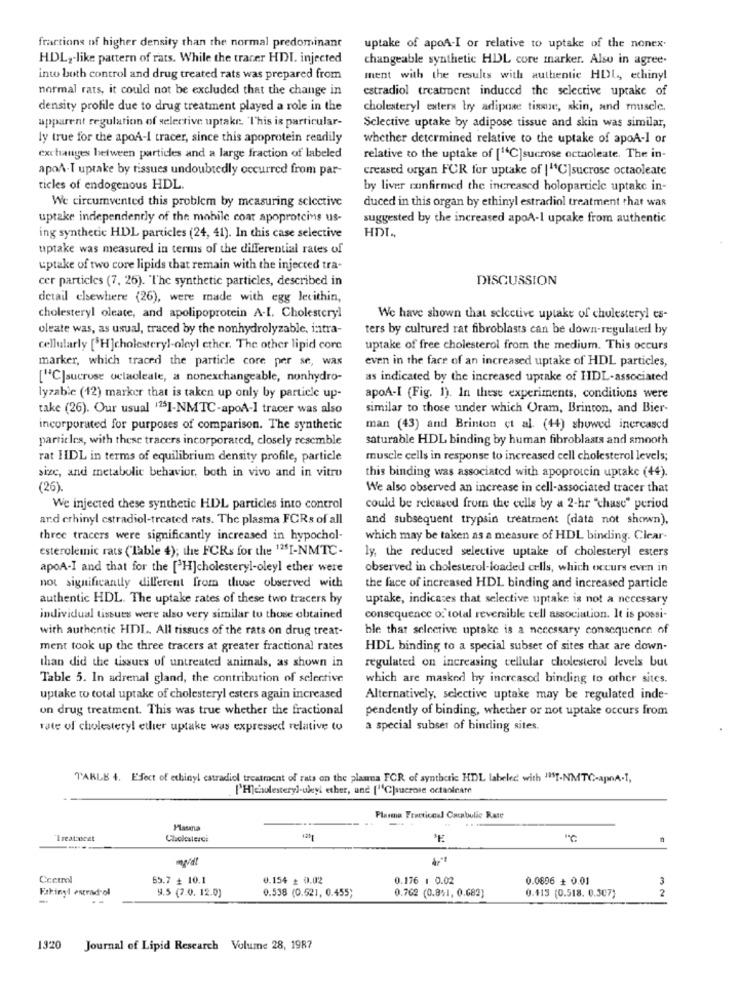
fractions of higher density than the normal predominant
uptake of apoA-I or relative to uptake of the nonex.
HDL ,- like pattern of rats. While the tracer HDI. injected
changeable synthetic HDL core marker. Also in agree.
into both control and drug treated rats was prepared from
ment with the results with authentic HDL, ethinyl
normal rats, it could not be excluded that the change in
estradiol treatroent induced the selective uptake of
density profile due to drug treatment played a role in the
cholesteryl exters bry adipose tissue, skin, and muscle.
apparent regulation of selective uptake. "This is particular-
Selective uptake by adipose tissue and skin was similar,
ly true for the apoA-1 tracer, since this apoprotein readily
whether determined relative to the uptake of apoA-l or
exchanges between particles and a large fraction of labeled
relative to the uptake of [1C]sucrose octaoleate. The in-
apoA-I uptake by tissues undoubtedly occurred from par-
creased organ FOR for uptake of | 14C]sucrose octaoleate
ticles of endogenous HDL.
by liver confirmed the increased holoparticle uptake in-
We circumvented this problem by measuring selective
duced in this organ by ethinyl estradiol treatment that was
uptake independently of the mobile coat apoproteins us-
suggested by the increased apoA-1 uptake from authentic
ing synthetic HDL particles (24, 41). In this case selective
HDI.
uptake was measured in terms of the differential rates of
uptake of two core lipids that remain with the injected tra-
cer particles (7, 26). "The synthetic particles, described in
DISCUSSION
detail elsewhere (26), were made with egg lecithin,
cholesteryl oleate, and apolipoprotein A-I. Cholestcryl
We have shown that selective uptake of chulesteryl es-
oleate was, as usual, traced by the nonhydrolyzable, intra-
ters by cultured rat fibroblasts can be down-regulated by
cellularly [*H]cholesteryl-oleyl ether. The other lipid core
uptake of free cholesterol from the medium. This occurs
marker, which traced the particle core per se, was
even in the face of an increased uptake of HDL particles,
["C|sucrose octaoleale, a nonexchangeable, nonhydro-
as indicated by the increased uptake of HDL-associated
lyzable (12) marker that is taken up only by particle up-
apoA-I (Fig. 1). In these experiments, conditions were
take (26). Our usual '151-NMTC-apoA-I tracer was also
similar to those under which Oram, Brinton, and Bier-
incorporated for purposes of comparison. The synthetic
man (43) and Brinton et al. (44) showed increased
particles, with these tracers incorporated, closely resemble
saturable HDL binding by human fibroblasts and smooth
rat HDL in terms of equilibrium density profile, particle
muscle cells in response to increased cell cholesterol levels;
size, and metabolic behavior, both in vivo and in vitro
this binding was associated with apoprotein uptake (44).
(26)
We also observed an increase in cell-associated tracer that
We injected chese synthetic HDL particles into control
could be released from the cells by a 2-hr "chase" period
and crhinyl estradiol-treated rats. The plasma FCRs of all
and subsequent trypsin treatment (data not shown),
three tracers were significantly increased in hypochol-
which may be taken as a measure of HDL binding. Clear-
esterolemic rats ("lable 4); the FCRs for the 12SI-NMTC-
ly, the reduced selective uptake of cholesteryl esters
apoA-I and that for the [3H]cholesteryl-oleyl ether were
observed in cholesterol-loaded cells, which occurs even in
not significantly different from thuse observed with
the face of increased HDL binding and increased particle
authentic HDL. The uptake rates of these two tracers by
uptake, indicates that selective uptake is not a necessary
individual tissues were also very similar to those obtained
consequence of total reversible cell association. It is possi-
with authentic HDL. All tissucs of the rats on drug treat-
ble that selective uptake is a necessary consequence of
ment took up the three tracers at greater fractional rates
HDL binding to a special subset of sites that are down-
regulated on increasing cellular cholesterol levels but
than did the tissues of untreated animals, as shown in
Table 5. In adrenal gland, the contribution of selective
which are masked hy increased binding to other sites.
uptake to total uptake of cholesteryl esters again increased
Alternatively, selective uptake may be regulated inde-
on drug treatment. This was true whether the fractional
pendently of binding, whether or not uptake occurs from
rate of cholestery! ether uptake was expressed relative to
a special subset of binding sites.
TAKLE 4. Effect of ethinyl estradiol treatment of rats on the plasma FCR of synthetic HDL labeled with "IST-NMTC-apnA-1,
['Hjelestery)-uleyl ether, and [1Cjacrose octaolname
Plasma Fracticoul Cacabulle Rate
Hauna
Treatment
Cholesterci
"℃
Wa
Ccetrol
65.7 + 10.1
0.154 + 0.02
0.176 1 0.02
0.0696 + 0.01
3
Fakinyl estradiol
9.5 (7.0. 12.0)
0.538 (0.521, 0.455;
0.762 (0.8%1, 0.682]
0.413 (0.518. 0.307)
2
1320 Journal of Lipid Research Volume 28, 1987